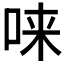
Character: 𫪁